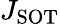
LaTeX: J_{\mathrm{SOT}}